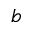
b